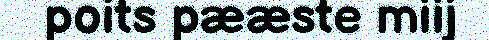
poits pææste miij